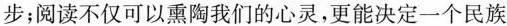
步；阅读不仅可以熏陶我们的心灵，更能决定一个民族